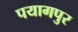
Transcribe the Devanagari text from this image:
पयागपुर